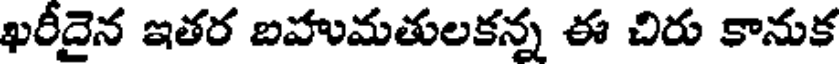
ఖరీదైన ఇతర బహుమతులకన్న ఈ చిరు కానుక